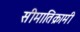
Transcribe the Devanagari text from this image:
सीमातिक्रामी